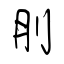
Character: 刖